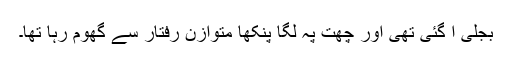
بجلی آ گئی تھی اور چھت پہ لگا پنکھا متوازن رفتار سے گھوم رہا تھا۔